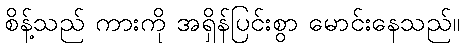
စိန့်သည် ကားကို အရှိန်ပြင်းစွာ မောင်းနေသည်။